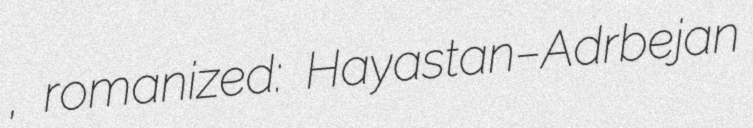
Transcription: սահման, romanized: Hayastan–Adrbejan